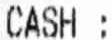
CASH :